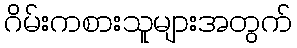
ဂိမ်းကစားသူများအတွက်